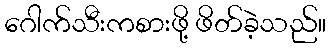
ဂေါက်သီးကစားဖို့ ဖိတ်ခဲ့သည်။